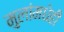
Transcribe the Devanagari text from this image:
मुलांमधेही